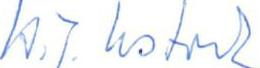
H.J. Ustvedt